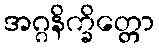
အဂ္ဂနိက္ခိတ္တော